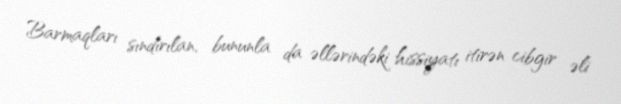
Barmaqları sındırılan, bununla da əllərindəki hissiyatı itirən cibgir əli